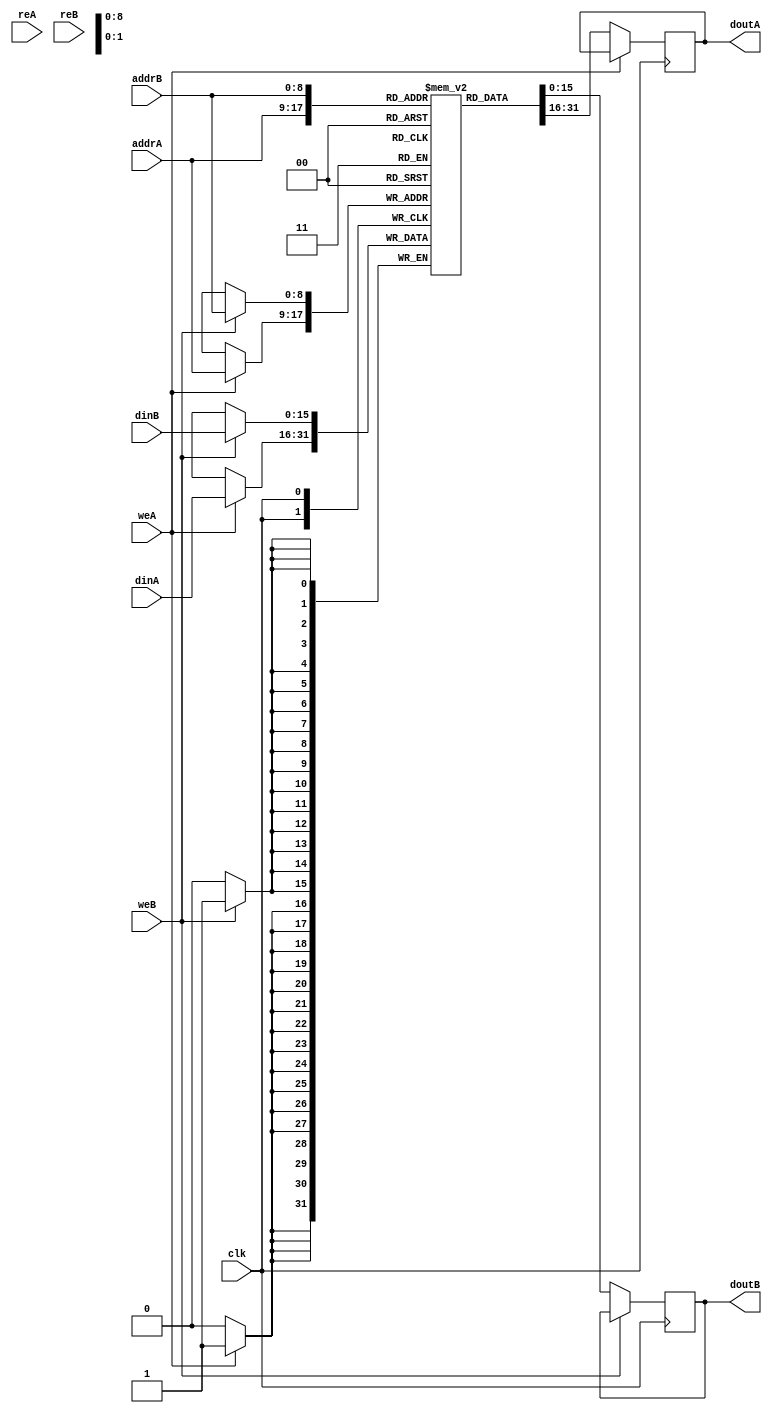
module ram_true_dp_out_reg_512x16_block (clk, weA, weB,reA, reB, addrA, addrB, dinA, dinB, doutA, doutB);
    input clk, weA, weB, reA, reB;
    input [8:0] addrA, addrB;
    input [15:0] dinA, dinB;
    output reg [15:0] doutA, doutB;
    
    (* ram_style = "block" *)
    reg [15:0] ram [511:0];
    always @(posedge clk)
    begin
        if (weA)
            ram[addrA] <= dinA;
        else
            doutA <= ram[addrA];
    end

    always @(posedge clk)
    begin
        if (weB)
            ram[addrB] <= dinB;
        else
            doutB <= ram[addrB];
    end

endmodule